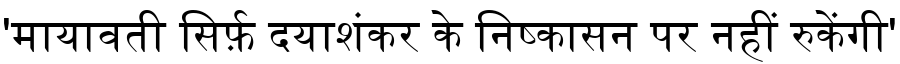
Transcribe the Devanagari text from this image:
'मायावती सिर्फ़ दयाशंकर के निष्कासन पर नहीं रुकेंगी'